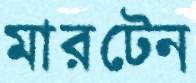
মারটেন